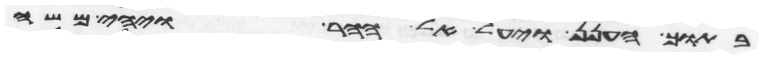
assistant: בתוך הענן ויעל אל ההר ויהי משה